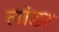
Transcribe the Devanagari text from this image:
लांडर